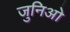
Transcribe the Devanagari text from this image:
जुनिओ